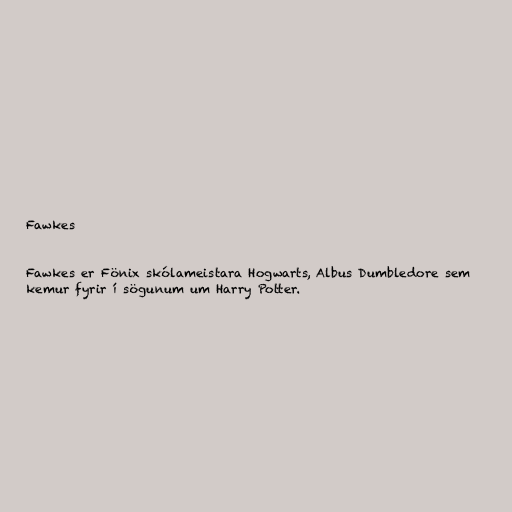
Fawkes

Fawkes er Fönix skólameistara Hogwarts, Albus Dumbledore sem
kemur fyrir í sögunum um Harry Potter.